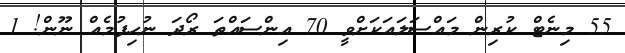
55 މިނެޓް ކުރިން މައްސަލައަކަށްވީ 70 އިންސައްތަ ރޯދަ ނުހިފުމެއް ނޫން! 1